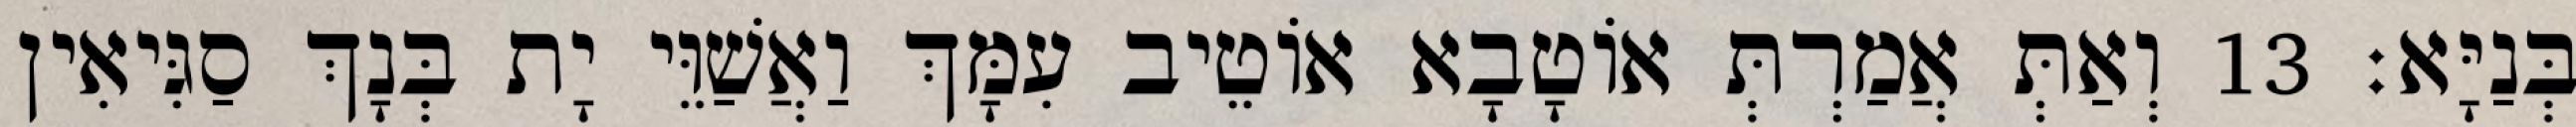
בְּנַיָּא׃ 13 וְאַתְּ אֲמַרְתְּ אוֹטָבָא אוֹטֵיב עִמָּךְ וַאֲשַׁוֵּי יָת בְּנָךְ סַגִּיאִין